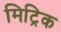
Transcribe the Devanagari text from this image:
मिट्रिक